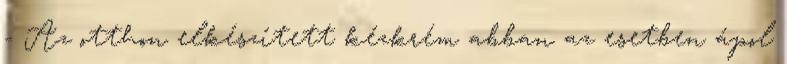
- Az otthon elkészített kézkrém abban az esetben ápol